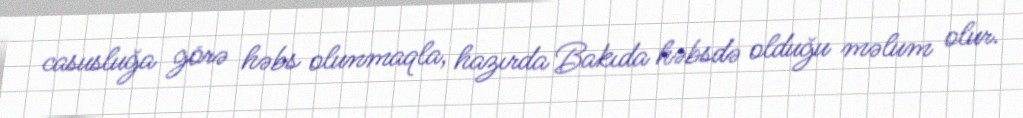
casusluğa görə həbs olunmaqla, hazırda Bakıda həbsdə olduğu məlum olur.